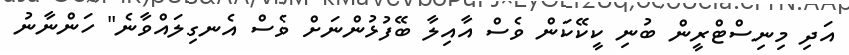
އަދި މިނިސްޓްރީން ބުނި ކީކޭކަން ވެސް އާއިލާ ބޭފުޅުންނަށް ވެސް އެނގިލައްވާނެ" ހަންނާނު